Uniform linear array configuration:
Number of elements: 8
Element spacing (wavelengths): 0.5
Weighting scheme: exponential
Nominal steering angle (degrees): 45
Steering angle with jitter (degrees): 45.709
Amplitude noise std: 0.05
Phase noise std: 0.05

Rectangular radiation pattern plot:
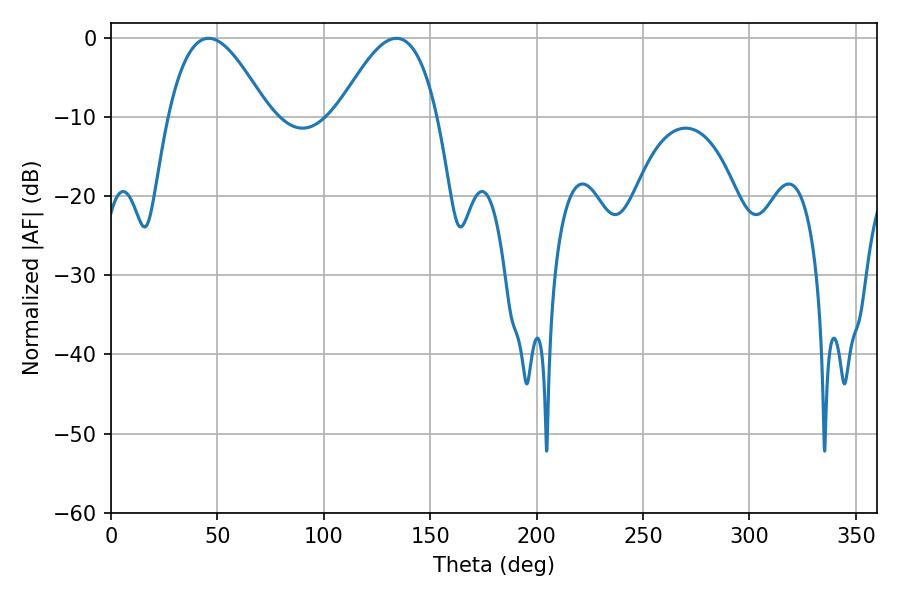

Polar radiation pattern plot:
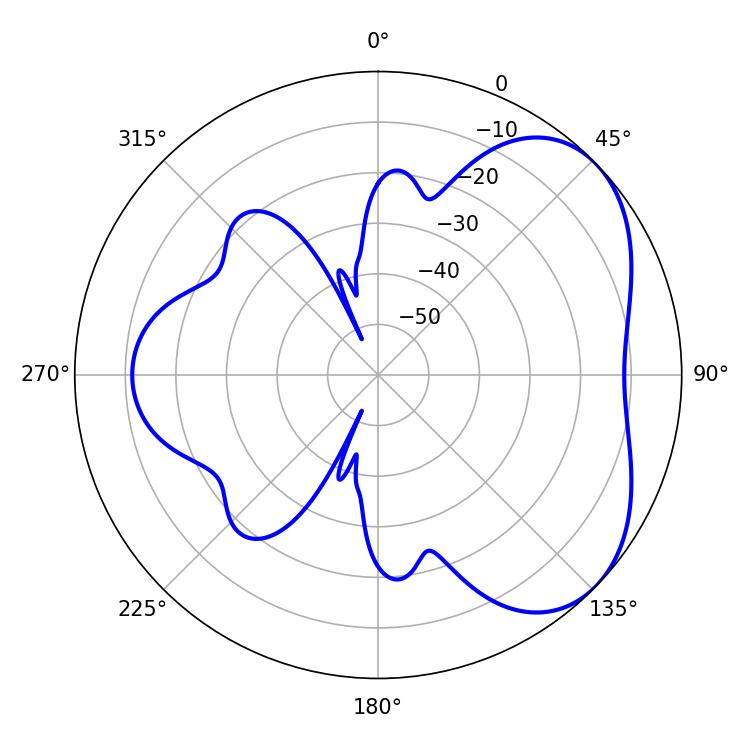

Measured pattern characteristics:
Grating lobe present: FALSE
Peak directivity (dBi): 4.548
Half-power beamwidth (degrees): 25.38
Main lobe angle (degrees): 45.9